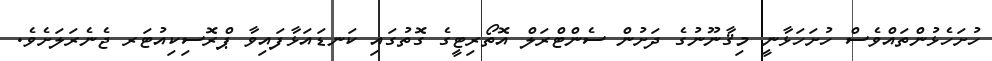
ހުށަހެޅުންތައްވެސް ހުށަހަޅާނީ މިޤާނޫނުގެ ދަށުން ސެންޓްރަލް އޮތޯރިޓީގެ ގޮތުގައި ކަނޑައަޅާފައިވާ ޕްރޮސިކިއުޓަރ ޖެނެރަލަށެވެ.